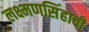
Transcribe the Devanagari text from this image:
लक्ष्मणसिंहाची